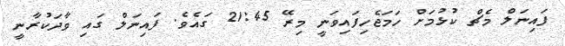
ފައިނަލް މެޗް ކުޅުމަށް ހަމަޖެހިފައިވަނީ މިރޭ 21:45 ގައެވެ. ފައިނަލް ގައި ވާދަކުރާނީ